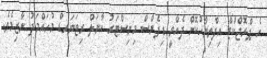
އެ ޕްރޮޖްކްޓް އިފްތިތާހުކޮށް ދެއްވީ ޑިފެންސް މިނިސްޓަރު ކާނަލް ރިޓަޔަރޑް މުހައްމަދު ނާޒިމެވެ.